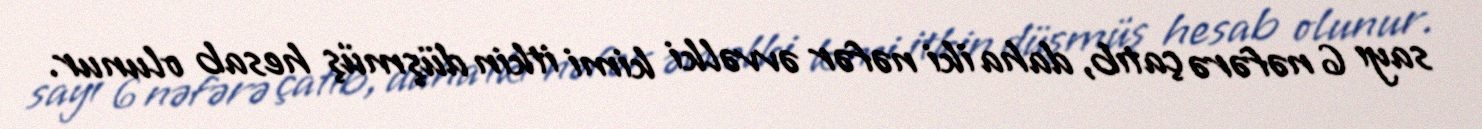
sayı 6 nəfərə çatıb, daha iki nəfər əvvəlki kimi itkin düşmüş hesab olunur.